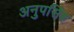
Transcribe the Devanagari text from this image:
अनुपसिंह